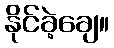
နိုင်ခဲ့ချေ။